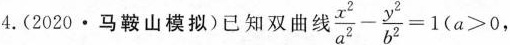
4. (2020·马山模拟)已知双曲线z $$\frac { x ^ { 2 } } { a ^ { 2 } } - \frac { y ^ { 2 } { b ^ { 2 } } = 1 ( a > ,